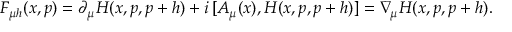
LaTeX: F _ { \mu h } ( x , p ) = \partial _ { \mu } H ( x , p , p + h ) + i \, [ A _ { \mu } ( x ) , H ( x , p , p + h ) ] = \nabla \! _ { \mu } H ( x , p , p + h ) .